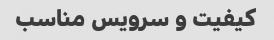
کیفیت و سرویس مناسب